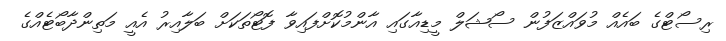
ރިސޯޓްގެ ބައެއް މުވައްޒަފުން ސޯޝަލް މީޑިއާގައި އާންމުކޮށްފައިވާ ފޮޓޯތަކަށް ބަލާއިރު އެއީ މަތިންދާބޯޓެއްގެ